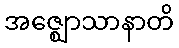
အဇ္ဈောသာနာတိ